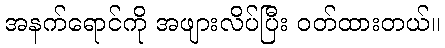
အနက်ရောင်ကို အဖျားလိပ်ပြီး ဝတ်ထားတယ်။